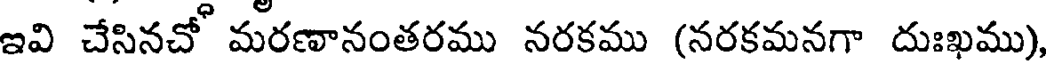
ఇవి చేసినచో మరణానంతరము నరకము (నరకమనగా దుఃఖము)